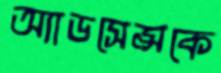
অ্যাডসেন্সকে